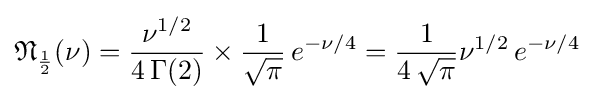
{\mathfrak {N}}_{\frac {1}{2}}(\nu )={\frac {\nu ^{1/2}}{4\,\Gamma (2)}}\times {\frac {1}{\sqrt {\pi }}}\,e^{-\nu /4}={\frac {1}{4\,{\sqrt {\pi }}}}\nu ^{1/2}\,e^{-\nu /4}